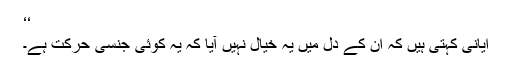
‘‘
ایانی کہتی ہیں کہ ان کے دل میں یہ خیال نہیں آیا کہ یہ کوئی جنسی حرکت ہے۔